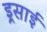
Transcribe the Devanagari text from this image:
इ्र्रसाई